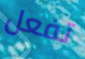
تفعل